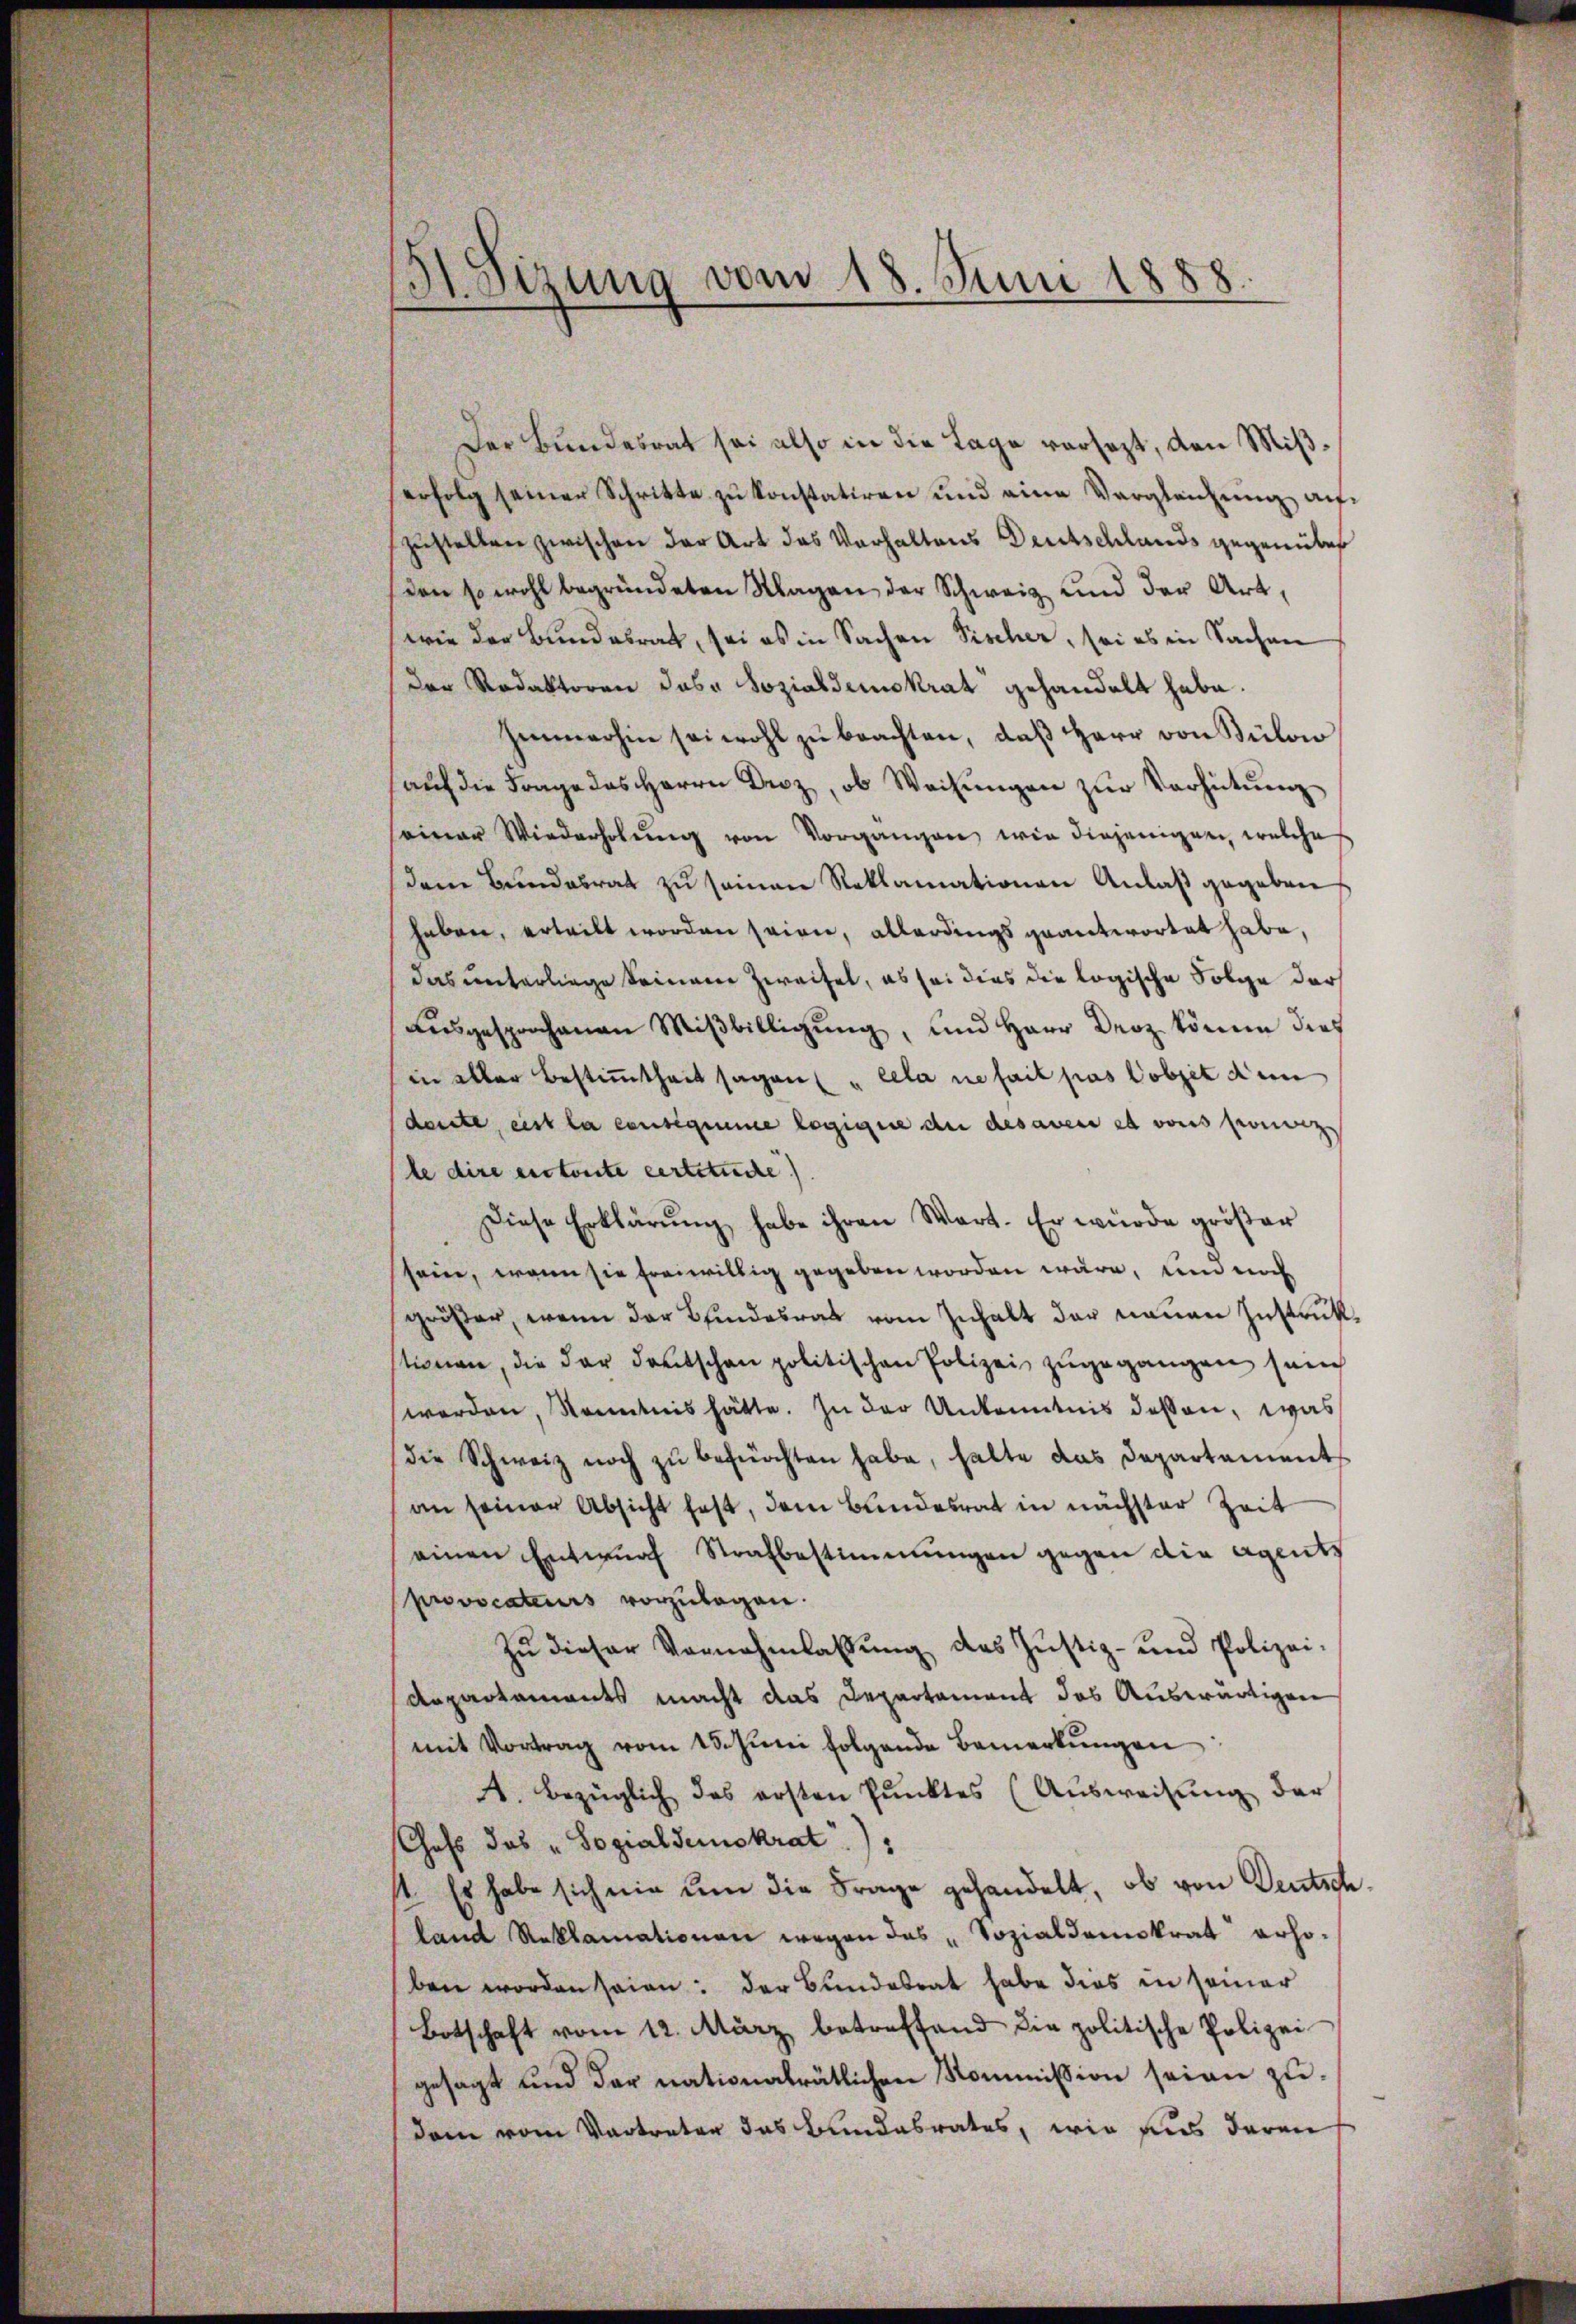
H.Sizung vom 18. Juni 1888.

Der Bundesrat sei also in die Lage versezt, den Mißerfolg seiner Schritte zŭ konstatiren und eine Vergleichung au
zustellen zwischen der Art das Verhaltens Deutschlands gegenüber
den so wohl begründeten Wagen der Schweiz und der Art,
(wie der Bundesrat, sei es in Sachen Fischer, sei es in Sachen
der Redaktoren das Sozialdemokrat gehandelt habe.
Immerhin sei wohl zŭ beachten, daβ Herr von Bülow
aŭf die Frage des Herrn Droz, ob Weisŭngen zŭr Verhütŭng
seiner Wiederholŭng von Vorgangen wie diejenigen, welche
dene Bundesrat zu seinen Reklamationen Anlaß gegeben
haben, erteilt worden seien, allerdings geantwortet habe,
das unterliege keinem Zweifel, es sei dies die logische Folge darf
ausgesprochenen Mißbilligung, und Herr Droz könne dies
in aller Bestimmtheit sagen " cela ne fait pas objet dem
dente, eist la consequeme logigne de des avec et vons pronon
te dire entente certituire)
Diese Erklärŭng habe ihren Wart. Er würde gröβer
sein, wenn sie freiwillig gegeben worden wäre, um noch
gröβer, wenn der Bindesrat vom Inhalt der neuen Instrukstionen, die der deutschen politischen Polizei zugegangen sein
werden, Kenntnis hätte. In der Unkenntnis dessen, was
die Schweiz noch zŭ befürchten habe, halte das Departement
an seiner Absicht fest, dem Bundesrat in nächster Zeit
einen Entwurf Strafbestimmungen gegen die Agents
provocateurs vorzulagen.
Zŭ dieser Vornehmlassŭng des Justiz- und Polizei-
Anpartaments macht das Departament das Auswärtigen
mit Vortrag vom 18. Jŭni folgende Bemerkŭngen:
1. bezüglich des ersten Punktes (Ausweisung der
Chass das „Sozialdemokrat)
st. Es habe sich nie um die Frage gehandelt, ob von Deutsch
land Reklamationen wegen das „Sozialdemokrat erho-
ben worden seien: der Bundesrat habe dies in seiner
Botschaft vom 12. März betreffend die politische Polizei
gesagt und der nationalrätlichen Kommission seien zudem vom Vertreter das Bundesrates, wie aus deren